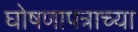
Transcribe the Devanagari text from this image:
घोषणापत्राच्या